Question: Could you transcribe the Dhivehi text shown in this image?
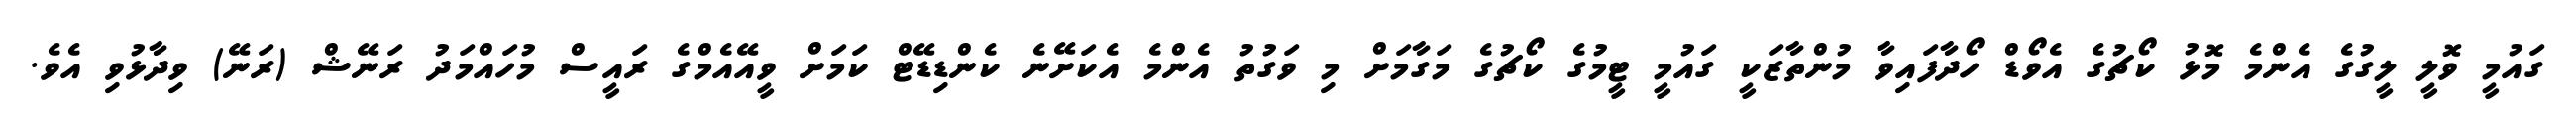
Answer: ގައުމީ ވޮލީ ލީގުގެ އެންމެ މޮޅު ކޯޗުގެ އެވޯޑް ހޯދާފައިވާ މުންތާޒަކީ ގައުމީ ޓީމުގެ ކޯޗުގެ މަގާމަށް މި ވަގުތު އެންމެ އެކަށޭނެ ކެންޑިޑޭޓް ކަމަށް ވީއޭއެމްގެ ރައީސް މުހައްމަދު ރަނޭޝް (ރަނޭ) ވިދާޅުވި އެވެ.